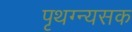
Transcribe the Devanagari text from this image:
पृथग्न्यसक